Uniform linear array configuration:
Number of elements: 8
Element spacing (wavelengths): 0.25
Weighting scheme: hann
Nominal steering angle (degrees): -15
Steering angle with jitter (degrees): -13.07
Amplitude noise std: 0.05
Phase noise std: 0.05

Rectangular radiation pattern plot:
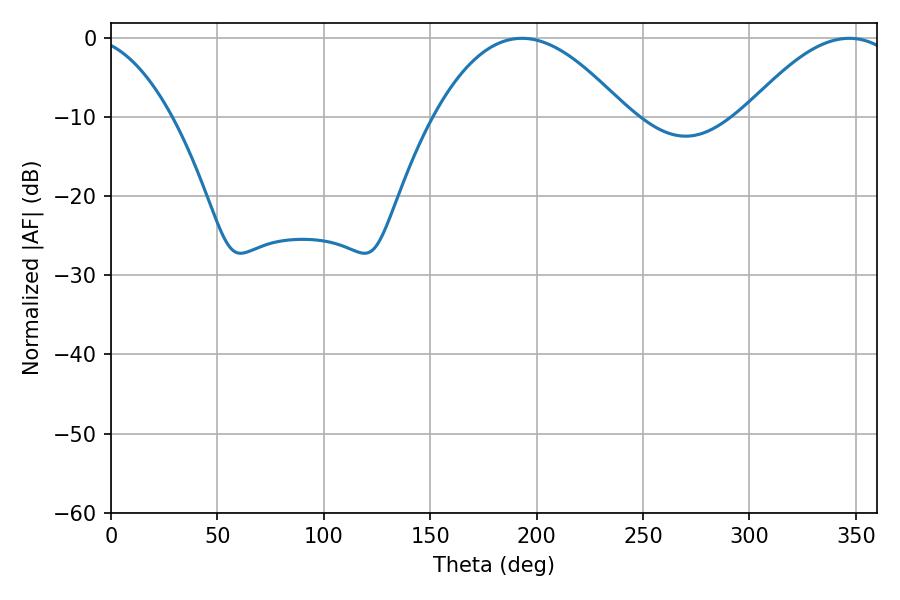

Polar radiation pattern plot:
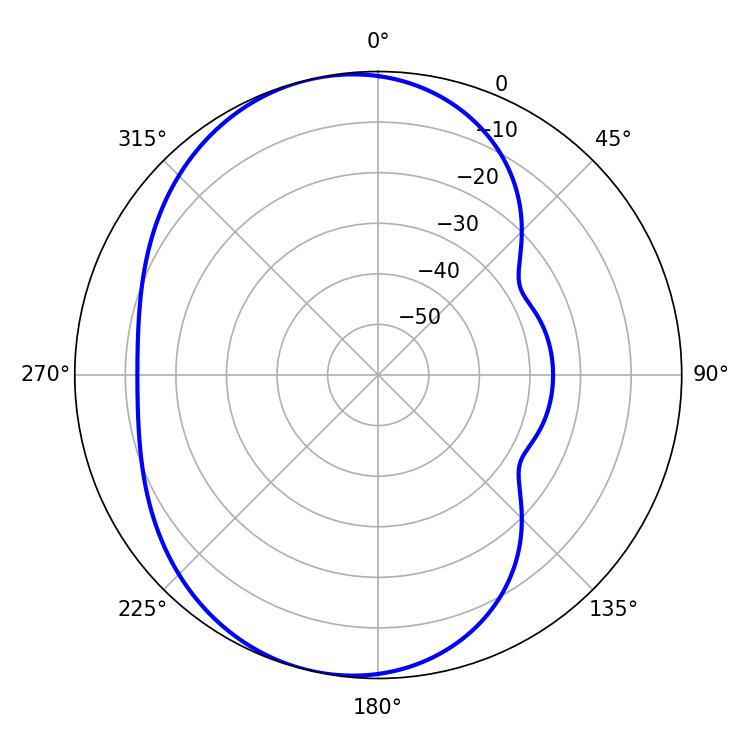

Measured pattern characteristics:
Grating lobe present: FALSE
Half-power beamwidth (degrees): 49.68
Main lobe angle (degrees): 193.14